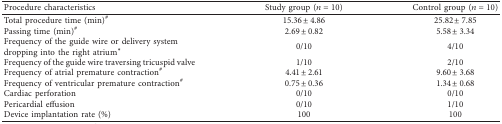
<table><thead><tr><td><b>Procedure characteristics</b></td><td><b>Study group (<i>n</i>=10)</b></td><td><b>Control group (<i>n</i>=10)</b></td></tr></thead><tbody><tr><td>Total procedure time (min)<sup>#</sup></td><td>15.36 ± 4.86</td><td>25.82 ± 7.85</td></tr><tr><td>Passing time (min)<sup>#</sup></td><td>2.69 ± 0.82</td><td>5.58 ± 3.34</td></tr><tr><td>Frequency of the guide wire or delivery system dropping into the right atrium<sup><i>∗</i></sup></td><td>0/10</td><td>4/10</td></tr><tr><td>Frequency of the guide wire traversing tricuspid valve</td><td>1/10</td><td>2/10</td></tr><tr><td>Frequency of atrial premature contraction<sup>#</sup></td><td>4.41 ± 2.61</td><td>9.60 ± 3.68</td></tr><tr><td>Frequency of ventricular premature contraction<sup>#</sup></td><td>0.75 ± 0.36</td><td>1.34 ± 0.68</td></tr><tr><td>Cardiac perforation</td><td>0/10</td><td>0/10</td></tr><tr><td>Pericardial effusion</td><td>0/10</td><td>1/10</td></tr><tr><td>Device implantation rate (%)</td><td>100</td><td>100</td></tr></tbody></table>